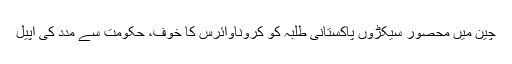
چین میں محصور سیکڑوں پاکستانی طلبہ کو کروناوائرس کا خوف، حکومت سے مدد کی اپیل